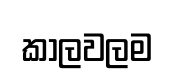
කාලවලම